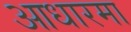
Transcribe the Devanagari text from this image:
आधारमा